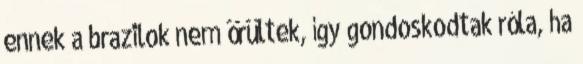
ennek a brazilok nem örültek, így gondoskodtak róla, ha